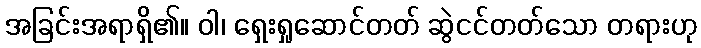
အခြင်းအရာရှိ၏။ ဝါ၊ ရှေးရှုဆောင်တတ် ဆွဲငင်တတ်သော တရားဟု